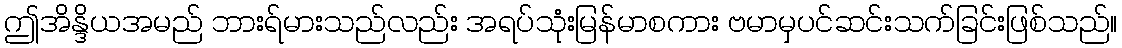
ဤအိန္ဒိယအမည် ဘားရ်မားသည်လည်း အရပ်သုံးမြန်မာစကား ဗမာမှပင်ဆင်းသက်ခြင်းဖြစ်သည်။